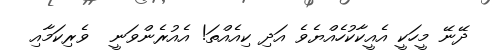
ދޭނޭ މީހަކީ އެއީކާކުހެއްޔެވެ އަދި ކިއެއްތަ! އެއުރެންވަނީ  ވެރިކަމާއި